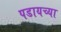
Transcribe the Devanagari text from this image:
पडायच्या